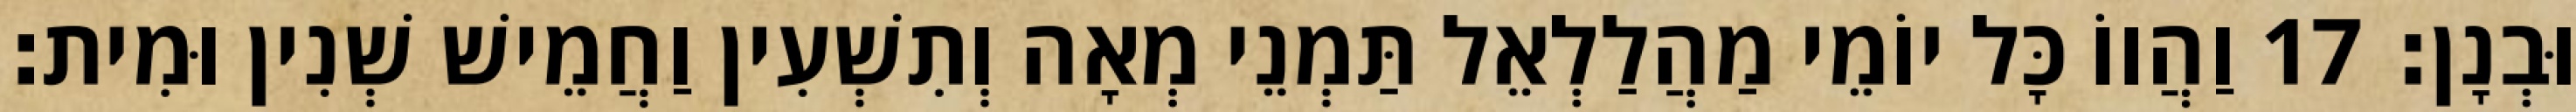
וּבְנָן׃ 17 וַהֲווֹ כָּל יוֹמֵי מַהֲלַלְאֵל תַּמְנֵי מְאָה וְתִשְׁעִין וַחֲמֵישׁ שְׁנִין וּמִית׃